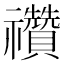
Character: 禶